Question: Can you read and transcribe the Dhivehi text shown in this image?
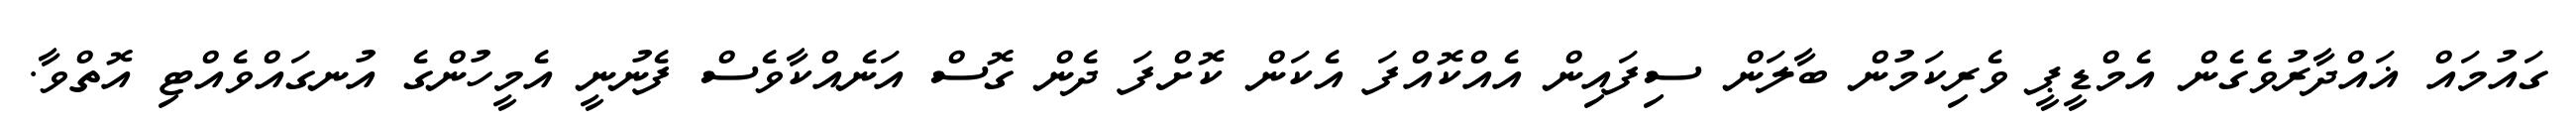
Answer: ގައުމައް ޣައްދާރުވެގެން އެމްޑީޕީ ވެރިކަމުން ބާލަން ސިފައިން އެއްކޮއްފަ އެކަން ކޮށްފަ ދެން ގޮސް އަނެއްކާވެސް ފެނުނީ އެމީހުންގެ އުނގައްވެއްޓި އޮތްވާ.